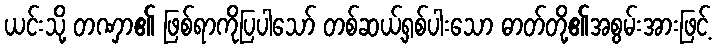
ယင်းသို့ တဏှာ၏ ဖြစ်ရာကိုပြပါသော် တစ်ဆယ့်ရှစ်ပါးသော ဓာတ်တို့၏အစွမ်းအားဖြင့်